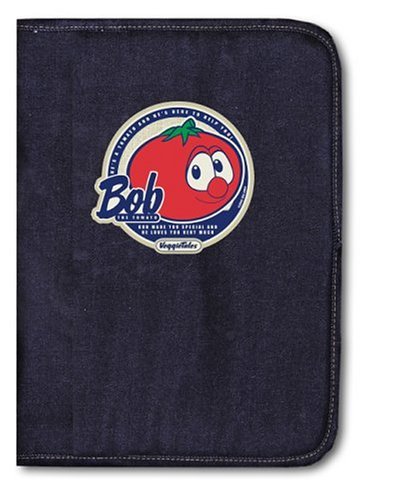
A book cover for Bob Bible Cover: Large; Christian Books & Bibles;